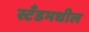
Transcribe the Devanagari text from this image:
स्टँडमधील